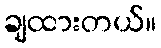
ချထားတယ်။